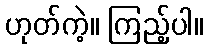
ဟုတ်ကဲ့။ ကြည့်ပါ။